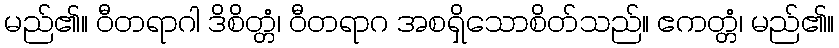
မည်၏။ ဝီတရာဂါ ဒိစိတ္တံ၊ ဝီတရာဂ အစရှိသောစိတ်သည်။ ဧကတ္တံ၊ မည်၏။